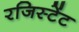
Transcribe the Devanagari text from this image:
रजिस्टेंट